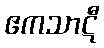
ဧကသာဋီ